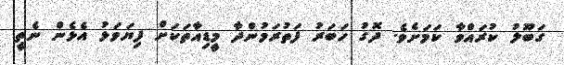
ގަބޫލު ކުރައްވާ ކަމަށެވެ. ދޮގު ހަބަރު ފަތުރަމުންދާ މީޑިއާތަކަށް ފިޔަވަޅު އެޅެން ނެތީ